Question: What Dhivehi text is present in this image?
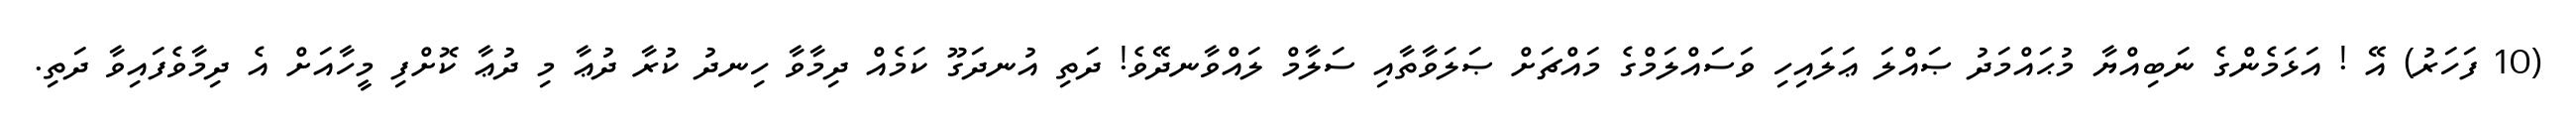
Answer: (10 ފަހަރު) އޭ ! އަޅަމެންގެ ނަބިއްޔާ މުޙައްމަދު ޞައްލަ ޢަލައިހި ވަސައްލަމްގެ މައްޗަށް ޞަލަވާތާއި ސަލާމް ލައްވާނދޭވެ! ދަތި އުނދަގޫ ކަމެއް ދިމާވާ ހިނދު ކުރާ ދުޢާ މި ދުޢާ ކޮށްފި މީހާއަށް އެ ދިމާވެފައިވާ ދަތި.